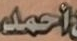
أحمد